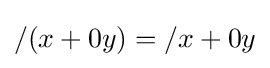
/(x+0y)=/x+0y